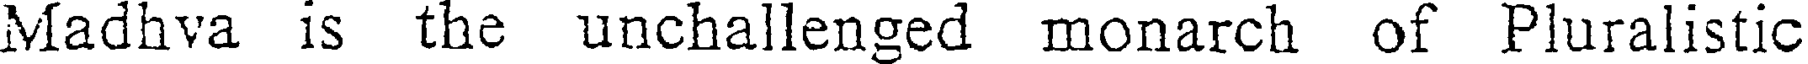
Madhva is the unchallenged monarch of Pluralistic